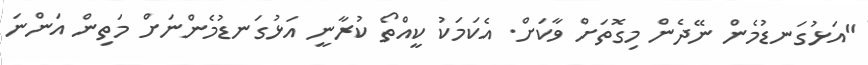
"އަޅުގަނޑުމެން ނޭދެން މިގޮތަށް ވާކަށް. އެކަމަކު ކީއްތޯ ކުރާނީ އަޅުގަނޑުމެންނަށް މަތިން އަންނަ